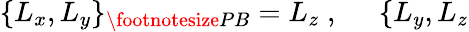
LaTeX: \{ L_{x},L_{y}\} _{{\footnotesize PB}}=L_{z}\; ,\; \; \; \; \; \{ L_{y},L_{z}